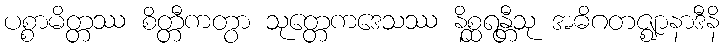
ပစ္စာမိတ္တဿ စိတ္တီကတွာ သုတ္တေကဒေသဿ နိစ္ဆရန္တီသု အဓိဂတဇ္ဈာနာဒီနိ